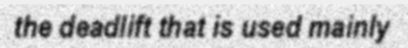
the deadlift that is used mainly